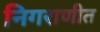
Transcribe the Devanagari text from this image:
निगराणीत